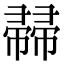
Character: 𢅜